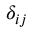
\delta _ { i j }